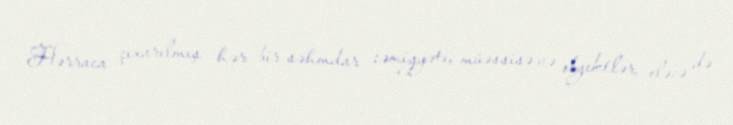
Hərraca çıxarılmış hər bir səhmdar cəmiyyəti, müəssisə və obyektlər, eləcə də